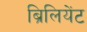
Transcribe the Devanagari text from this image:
ब्रिलियेंट